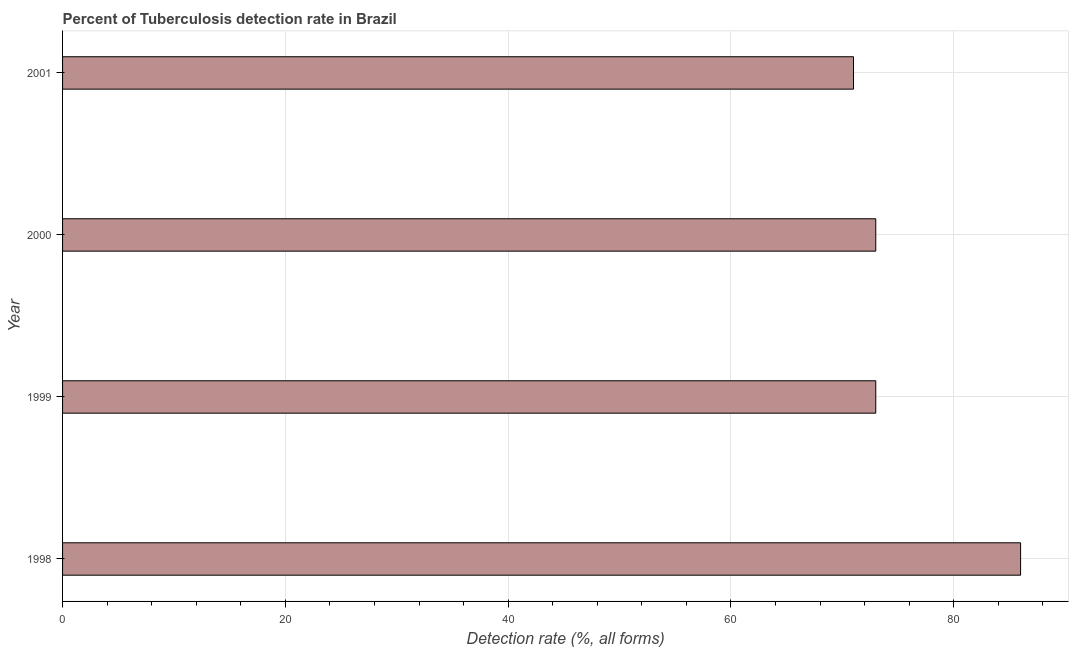
| Year | Tuberculosis case detection rate |
 | --- | --- |
 | 1998 | 86 |
 | 1999 | 73 |
 | 2000 | 73 |
 | 2001 | 71 |